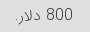
800 دلار.